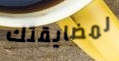
لمضايقتك